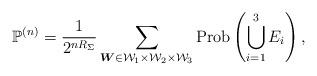
LaTeX: \begin{align*} \mathbb{P}^{(n)}=\dfrac{1} {2^{nR_\Sigma}}\sum_{\boldsymbol{W}\in\mathcal{W}_1 \times\mathcal{W}_2\times\mathcal{W}_3}\mathrm{Prob} \left(\bigcup_{i=1}^{3}E_i\right),\end{align*}